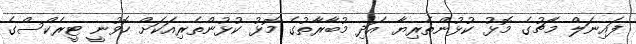
ފައިނަލް މެޗުގެ މޮޅު ކުޅުންތެރިޔާ އަދި މުބާރާތުގެ މޮޅު ކުޅުންތެރިއަކަށް ހޮވުނީ ޓީރެކްސްގެ